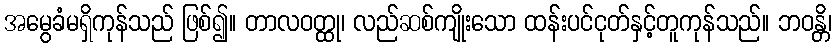
အမွေခံမရှိကုန်သည် ဖြစ်၍။ တာလဝတ္ထု၊ လည်ဆစ်ကျိုးသော ထန်းပင်ငုတ်နှင့်တူကုန်သည်။ ဘဝန္တိ၊